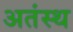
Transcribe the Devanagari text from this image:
अतंस्थ